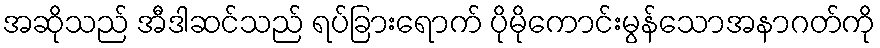
အဆိုသည် အီဒါဆင်သည် ရပ်ခြားရောက် ပိုမိုကောင်းမွန်သောအနာဂတ်ကို